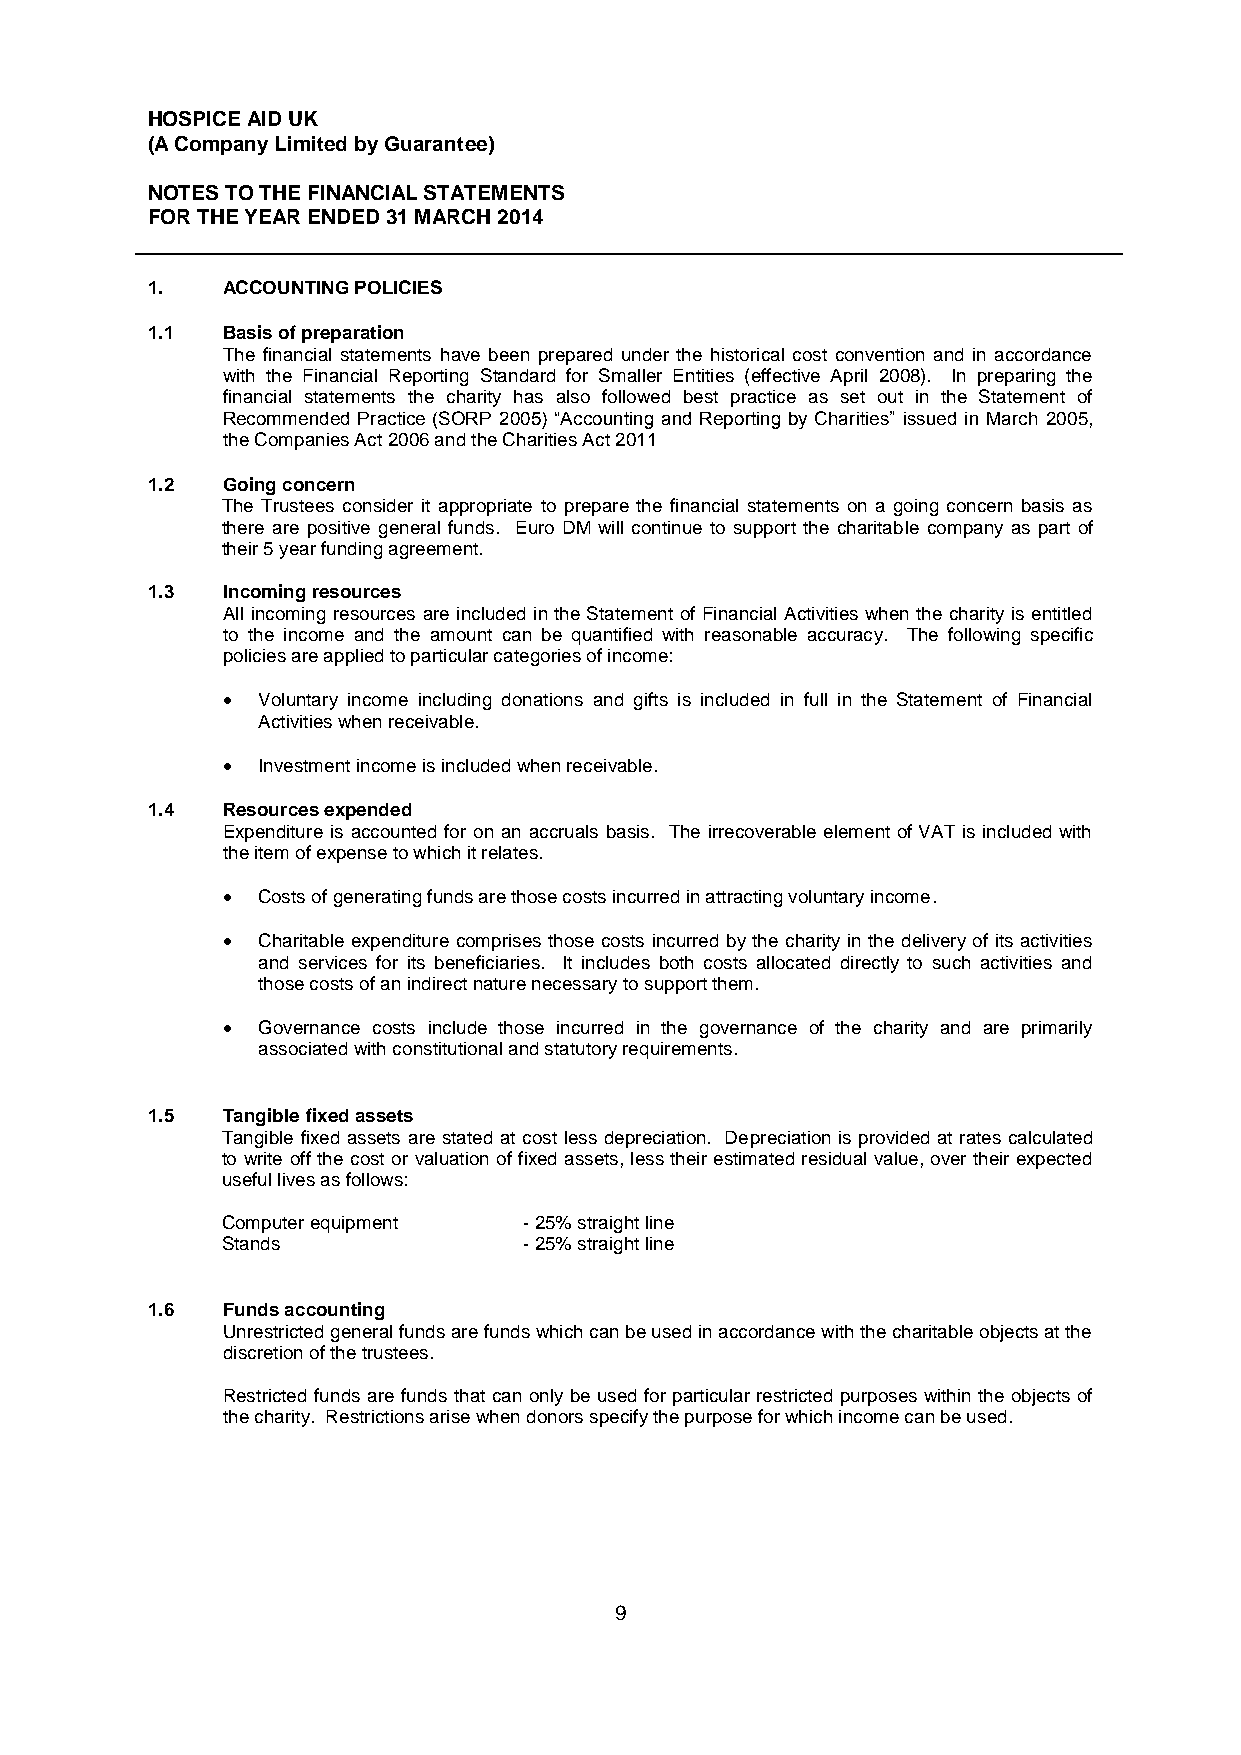
HOSPICE AID UK
 (A Company Limited by Guarantee)
 NOTES TO THE FINANCIAL STATEMENTS
 FOR THE YEAR ENDED 31 MARCH 2014
 1.   ACCOUNTING POLICIES
 1.1  Basis of preparation
 The financial statements have been prepared under the historical cost convention and in accordance
 with the Financial Reporting Standard for Smaller Entities (effective April 2008). In preparing the
 financial statements the charity has also followed best practice as set out in the Statement of
 Recommended Practice (SORP 2005) “Accounting and Reporting by Charities” issued in March 2005,
 the Companies Act 2006 and the Charities Act 2011
 1.2  Going concern
 The Trustees consider it appropriate to prepare the financial statements on a going concern basis as
 there are positive general funds. Euro DM will continue to support the charitable company as part of
 their 5 year funding agreement.
 1.3  Incoming resources
 All incoming resources are included in the Statement of Financial Activities when the charity is entitled
 to the income and the amount can be quantified with reasonable accuracy. The following specific
 policies are applied to particular categories of income:
  Voluntary income including donations and gifts is included in full in the Statement of Financial
 Activities when receivable.
  Investment income is included when receivable.
 1.4  Resources expended
 Expenditure is accounted for on an accruals basis. The irrecoverable element of VAT is included with
 the item of expense to which it relates.
  Costs of generating funds are those costs incurred in attracting voluntary income.
  Charitable expenditure comprises those costs incurred by the charity in the delivery of its activities
 and services for its beneficiaries. It includes both costs allocated directly to such activities and
 those costs of an indirect nature necessary to support them.
  Governance costs include those incurred in the governance of the charity and are primarily
 associated with constitutional and statutory requirements.
 1.5  Tangible fixed assets
 Tangible fixed assets are stated at cost less depreciation. Depreciation is provided at rates calculated
 to write off the cost or valuation of fixed assets, less their estimated residual value, over their expected
 useful lives as follows:
 Computer equipment  - 25% straight line
 Stands              - 25% straight line
 1.6  Funds accounting
 Unrestricted general funds are funds which can be used in accordance with the charitable objects at the
 discretion of the trustees.
 Restricted funds are funds that can only be used for particular restricted purposes within the objects of
 the charity. Restrictions arise when donors specify the purpose for which income can be used.
 9